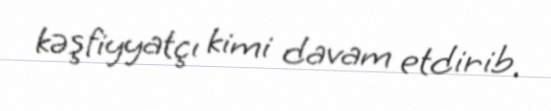
kəşfiyyatçı kimi davam etdirib.